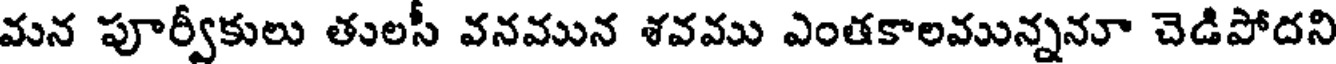
మన పూర్వీకులు తులసీ వనమున శవము ఎంతకాలమున్ననూ చెడిపోదని